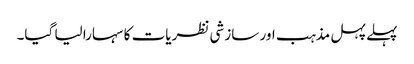
پہلے پہل مذہب اور سازشی نظریات کا سہارا لیا گیا۔